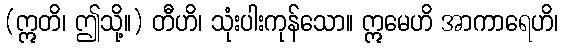
(ဣတိ၊ ဤသို့။) တီဟိ၊ သုံးပါးကုန်သော။ ဣမေဟိ အာကာရေဟိ၊